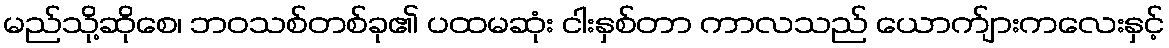
မည်သို့ဆိုစေ၊ ဘဝသစ်တစ်ခု၏ ပထမဆုံး ငါးနှစ်တာ ကာလသည် ယောက်ျားကလေးနှင့်